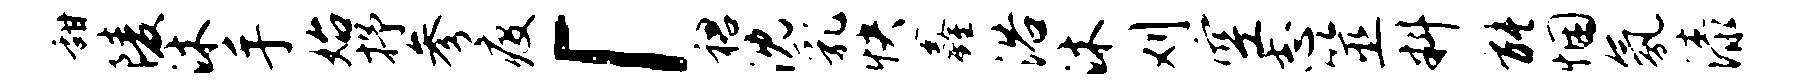
甜陵沐手始抒参疫「裙沈乳快鑫浴沐刈空志筮料能悃氛漆